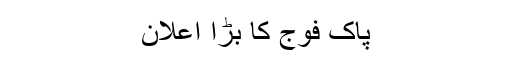
پاک فوج کا بڑا اعلان